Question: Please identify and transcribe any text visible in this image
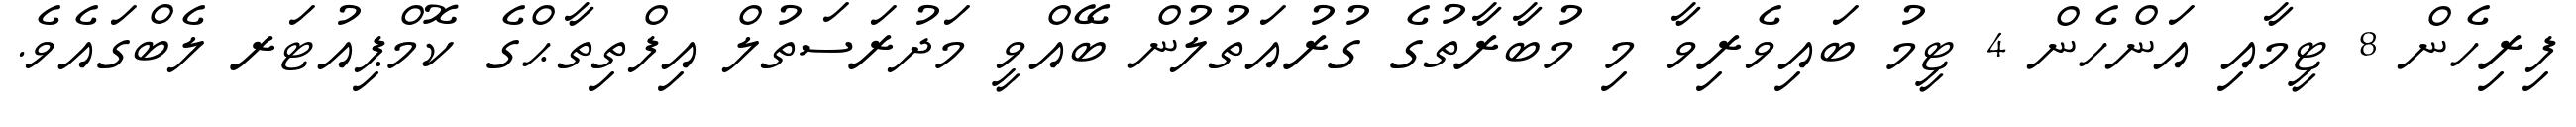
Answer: ފިރިހެން 8 ޓީމާއި އަންހެން 4 ޓީމު ބައިވެރިވާ މި މުބާރާތުގެ ގުރުއަތުލުން ބޭއްވީ މަދުރަސަތުލް އިފްތިތާޙްގެ ކޮމްޕިއުޓަރ ލެބްގައެވެ.